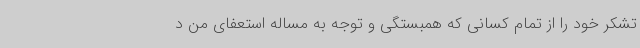
تشکر خود را از تمام کسانی که همبستگی و توجه به مساله استعفای من د